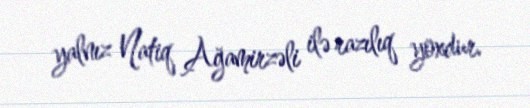
yalnız Natiq Ağamirzəli ilə razılıq yoxdur.